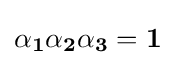
\mathbf {\alpha _{1}\alpha _{2}\alpha _{3}=1}